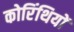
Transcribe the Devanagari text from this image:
कोरिंथियों